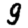
Digit: 9